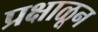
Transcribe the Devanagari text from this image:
प्रक्षाळून